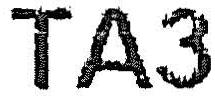
TA3